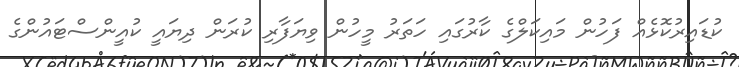
ކުޑައިރުކޮޅެއް ފަހުން މައިކަލްގެ ކާރުގައި ހަތަރު މީހުން ވިޔަފާރި ކުރަން ދިޔައީ ކުއީންސްޓައުންގެ